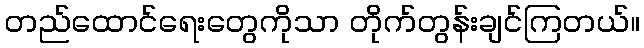
တည်ထောင်ရေးတွေကိုသာ တိုက်တွန်းချင်ကြတယ်။